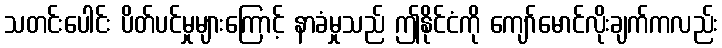
သတင်းပေါင်း ပိတ်ပင်မှုများကြောင့် နာခံမှုသည် ဤနိုင်ငံကို ကျော်မောင်လိုးချက်ကလည်း